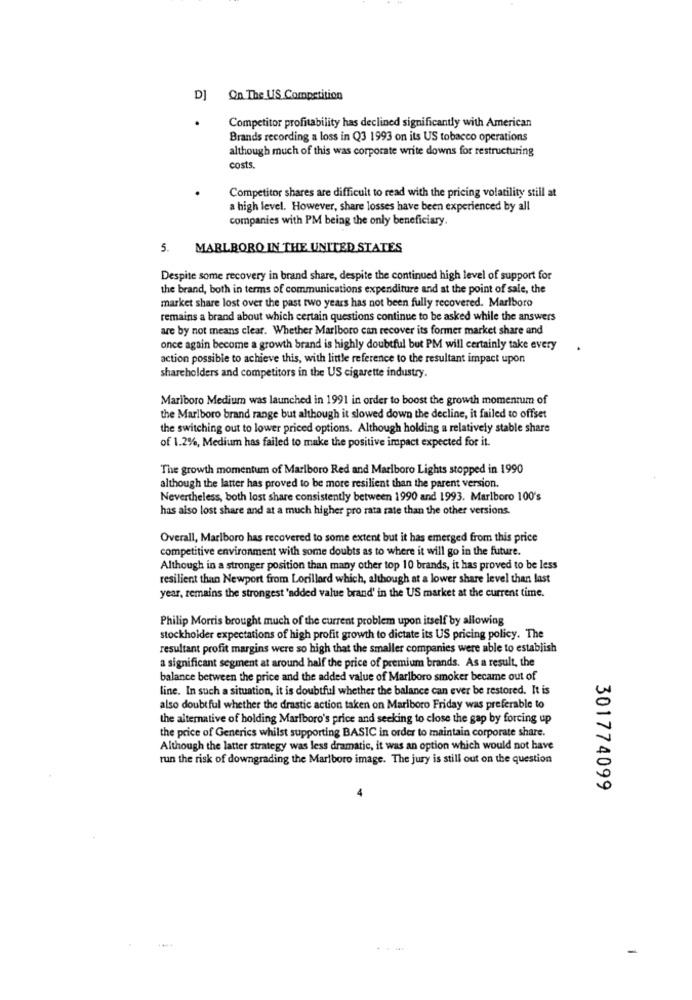
D] On The US Competition
Competitor profitability has declined significantly with American
Brands recording a loss in Q3 1993 on its US tobacco operations
although much of this was corporate write downs for restructuring
costs.
Competitor shares are difficult to read with the pricing volatility still at
a high level. However, share losses have been experienced by all
companies with PM being the only beneficiary.
5. MARLBORO IN THE UNITED STATES
Despite some recovery in brand share, despite the continued high level of support for
the brand, both in terms of communications expenditure and at the point of sale, the
market share lost over the past two years has not been fully recovered. Marlboro
remains a brand about which certain questions continue to be asked while the answers
are by not means clear. Whether Marlboro can recover its former market share and
once again become a growth brand is highly doubtful but PM will certainly take every
action possible to achieve this, with little reference to the resultant impact upon
shareholders and competitors in the US cigarette industry.
Marlboro Medium was launched in 1991 in order to boost the growth momentum of
the Marlboro brand range but although it slowed down the decline, it failed to offset
the switching out to lower priced options. Although holding a relatively stable share
of 1.2%, Medium has failed to make the positive impact expected for it.
The growth momentum of Marlboro Red and Marlboro Lights stopped in 1990
although the latter has proved to be more resilient than the parent version.
Nevertheless, both lost share consistently between 1990 and 1993. Marlboro 100's
has also lost share and at a much higher pro rata rate than the other versions.
Overall, Marlboro has recovered to some extent but it has emerged from this price
competitive environment with some doubts as to where it will go in the future.
Although in a stronger position than many other top 10 brands, it has proved to be less
resilient than Newport from Lorillard which, although at a lower share level than last
year, remains the strongest 'added value brand' in the US market at the current time.
Philip Morris brought much of the current problem upon itself by allowing
stockholder expectations of high profit growth to dictate its US pricing policy. The
resultant profit margins were so high that the smaller companies were able to establish
a significant segment at around half the price of premium brands. As a result, the
balance between the price and the added value of Marlboro smoker became out of
line. In such a situation, it is doubtful whether the balance can ever be restored. It is
also doubtful whether the drastic action taken on Marlboro Friday was preferable to
the alternative of holding Marlboro's price and seeking to close the gap by forcing up
the price of Generics whilst supporting BASIC in order to maintain corporate share.
Although the latter strategy was less dramatic, it was an option which would not have
run the risk of downgrading the Marlboro image. The jury is still out on the question
301774099
---